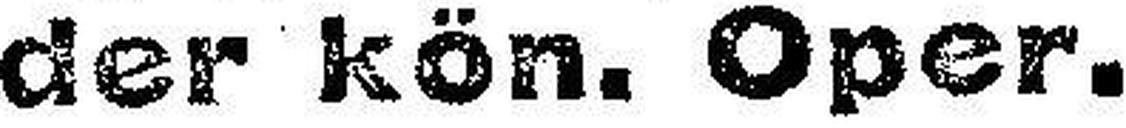
der kön. Oper.